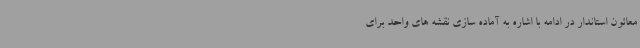
معائون استاندار در ادامه با اشاره به آماده سازی نقشه های واحد برای